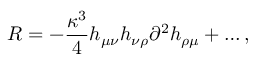
R = - \frac { \kappa ^ { 3 } } 4 h _ { \mu \nu } h _ { \nu \rho } \partial ^ { 2 } h _ { \rho \mu } + \ldots ,